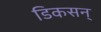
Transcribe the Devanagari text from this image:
डिकसन्